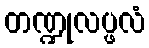
တဏ္ဍုလပ္ဖလံ